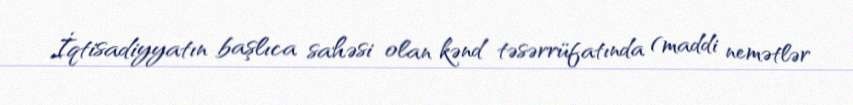
İqtisadiyyatın başlıca sahəsi olan kənd təsərrüfatında (maddi nemətlər